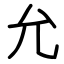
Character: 允